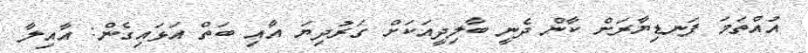
އުއްތަމަ ފަނޑިޔާރަށް ކާން ދެނީ ބާލިދީއަކަށް ގަރުދިޔަ އާއި ބަތް އަޅައިގެން: އާއިލާ